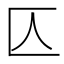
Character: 𠤭